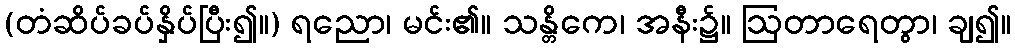
(တံဆိပ်ခပ်နှိပ်ပြီး၍။) ရညော၊ မင်း၏။ သန္တိကေ၊ အနီး၌။ ဩတာရေတွာ၊ ချ၍။